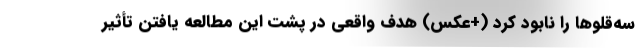
سه‌قلوها را نابود کرد (+عکس) هدف واقعی در پشت این مطالعه یافتن تأثیر